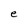
Character: e